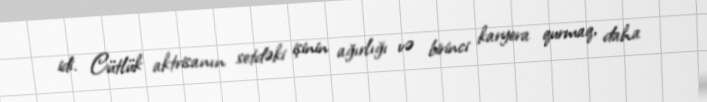
idi. Cütlük aktrisanın setdəki işinin ağırlığı və birinci karyera qurmaq, daha